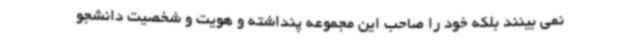
نمی بینند بلکه خود را صاحب این مجموعه پنداشته و هویت و شخصیت دانشجو